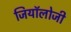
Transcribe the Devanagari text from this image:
जियॉलोजी